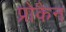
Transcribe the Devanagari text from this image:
प्रोकैन